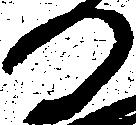
日